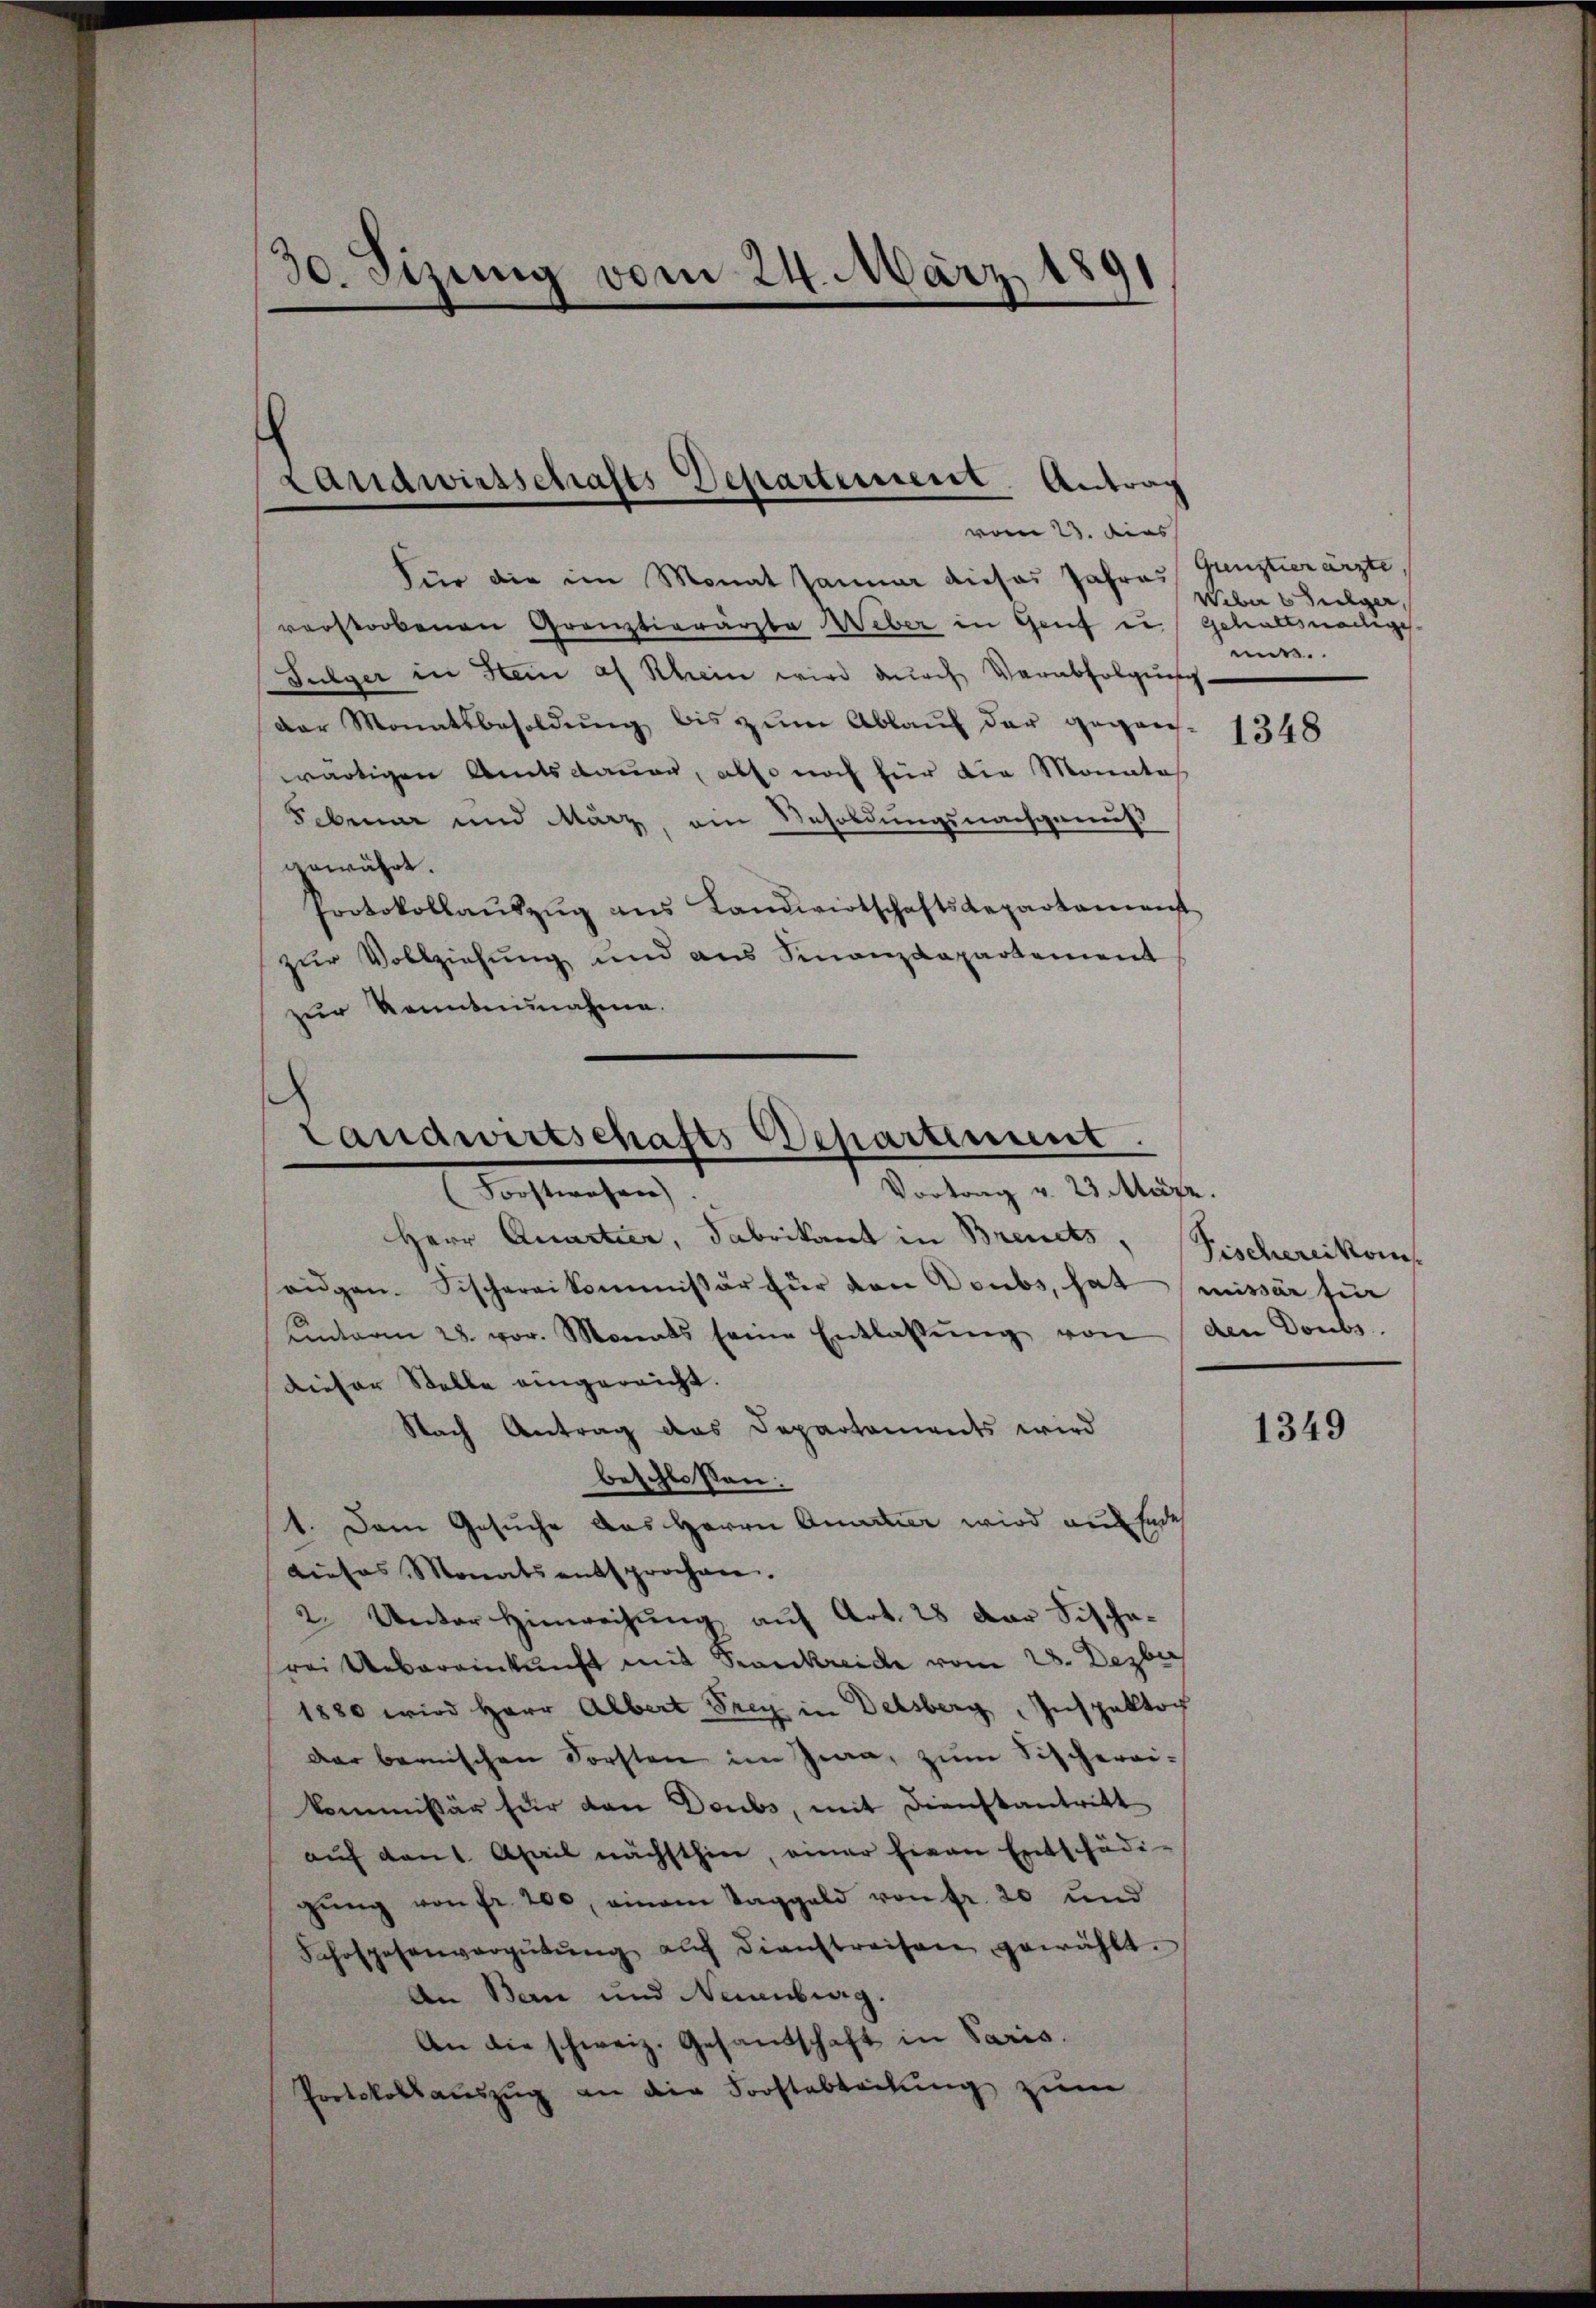
30. Sizung vom 24. März 1891

Landwirtschafts Departement Antrag
vom 23. Das

Für die im Monat Januar dieses Jahres Gunstierärzte,
verstorbenen Grenztierärzte Weber in Genf zu gehaltsnächtige
Sulger in Stein af Rhein wird durch Verabfolgung,
der Monatsbesoldŭng bis zŭm Ablaŭf der gegen 1348
wärtigen Amtsdauer, also noch für die Monate
Febuar und März, ein Besoldungsnachgenuß
gewährt.
Protokollaŭszŭg ans Landwirtschaftsdepartament
zur Vollziehung und aus Finanzdepartement
zur Kenntennahme.

Herr Quartier, Fabrikant in Brents
oidgen. Fischereikommissär für von Doubs, hat missär für
Unterm 28. vor. Monats seine Entlassŭng von den Doubs.
dieser Stelle eingereicht.
Nach Antrag das Departements wird
beschlossen:
1. Dem Gesuche das Herrn Quartier wird auf Endes
dieses Monats entsprochen.
2. Unter Hinweisung auf Art. 28 der Fischerei Uebereinkunft mit Krankreiche vom 28. Dezbr
1880 wird Herr Albert Frey in Delsberg, Inspektor
dar bernischen Forsten im Zwa, zum Fischereikommissär für den Doubs, mit Dienstantritt
auf den April nächsthin, einer hinen Entschädi-
gŭng von fr. 200, einem Taggeld von fr. 20 und
Jahospesenvergütŭng auf dienstreisen gewählt.
An Bern und Neuenburg.
An die schweiz. Gesandschaft in Paris.
Protokollauszug an die Forstabteilung zum

Landwirtschafts Departement.
Vortrag v. 23 März.
Forstwahre)

Weber 6 Fulger,
mis.

Fischereikom

1349